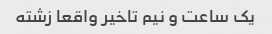
یک ساعت و نیم تاخیر واقعا زشته